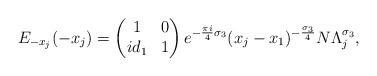
LaTeX: \begin{align*}E_{-x_{j}}(-x_{j}) = \begin{pmatrix}1 & 0 \\ id_{1} & 1\end{pmatrix} e^{-\frac{\pi i}{4}\sigma_{3}} (x_{j}-x_{1})^{-\frac{\sigma_{3}}{4}}N\Lambda_{j}^{\sigma_{3}},\end{align*}